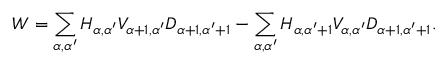
W = \sum _ { \alpha , \alpha ^ { \prime } } H _ { \alpha , \alpha ^ { \prime } } V _ { \alpha + 1 , \alpha ^ { \prime } } D _ { \alpha + 1 , \alpha ^ { \prime } + 1 } - \sum _ { \alpha , \alpha ^ { \prime } } H _ { \alpha , \alpha ^ { \prime } + 1 } V _ { \alpha , \alpha ^ { \prime } } D _ { \alpha + 1 , \alpha ^ { \prime } + 1 } .